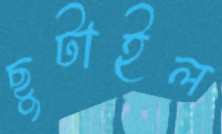
ছুটাইল